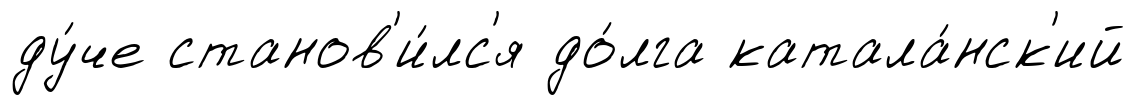
ду́че станов'и́лс'я до́лга катала́нск'ий